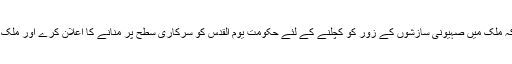
انہوں نے صدر پاکستا ن اور وزیر اعظم پاکستان سے پر زور اپیل کی کہ ملک میں صہیونی سازشوں کے زور کو کچلنے کے لئے حکومت یوم القدس کو سرکاری سطح پر منانے کا اعلان کرے اور ملک بھر کے عوام یوم القدس کے اجتماعات میں اپنی شرکت کو یقینی بنائیں۔